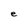
Character: e